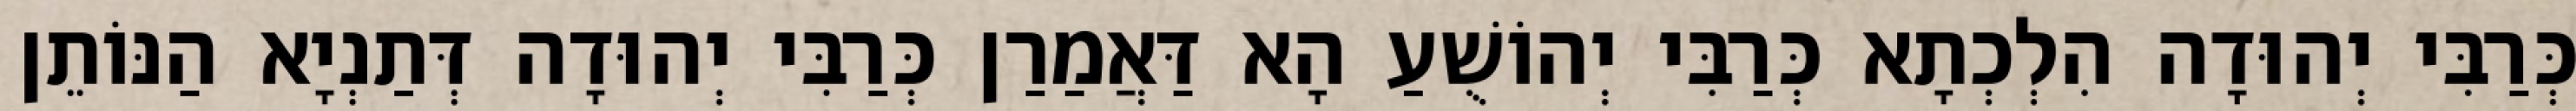
כְּרַבִּי יְהוּדָה הִלְכְתָא כְּרַבִּי יְהוֹשֻׁעַ הָא דַּאֲמַרַן כְּרַבִּי יְהוּדָה דְּתַנְיָא הַנּוֹתֵן